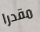
مقدرا